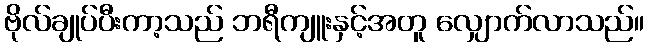
ဗိုလ်ချုပ်ပီးကာ့သည် ဘရီကျူးနှင့်အတူ လျှောက်လာသည်။